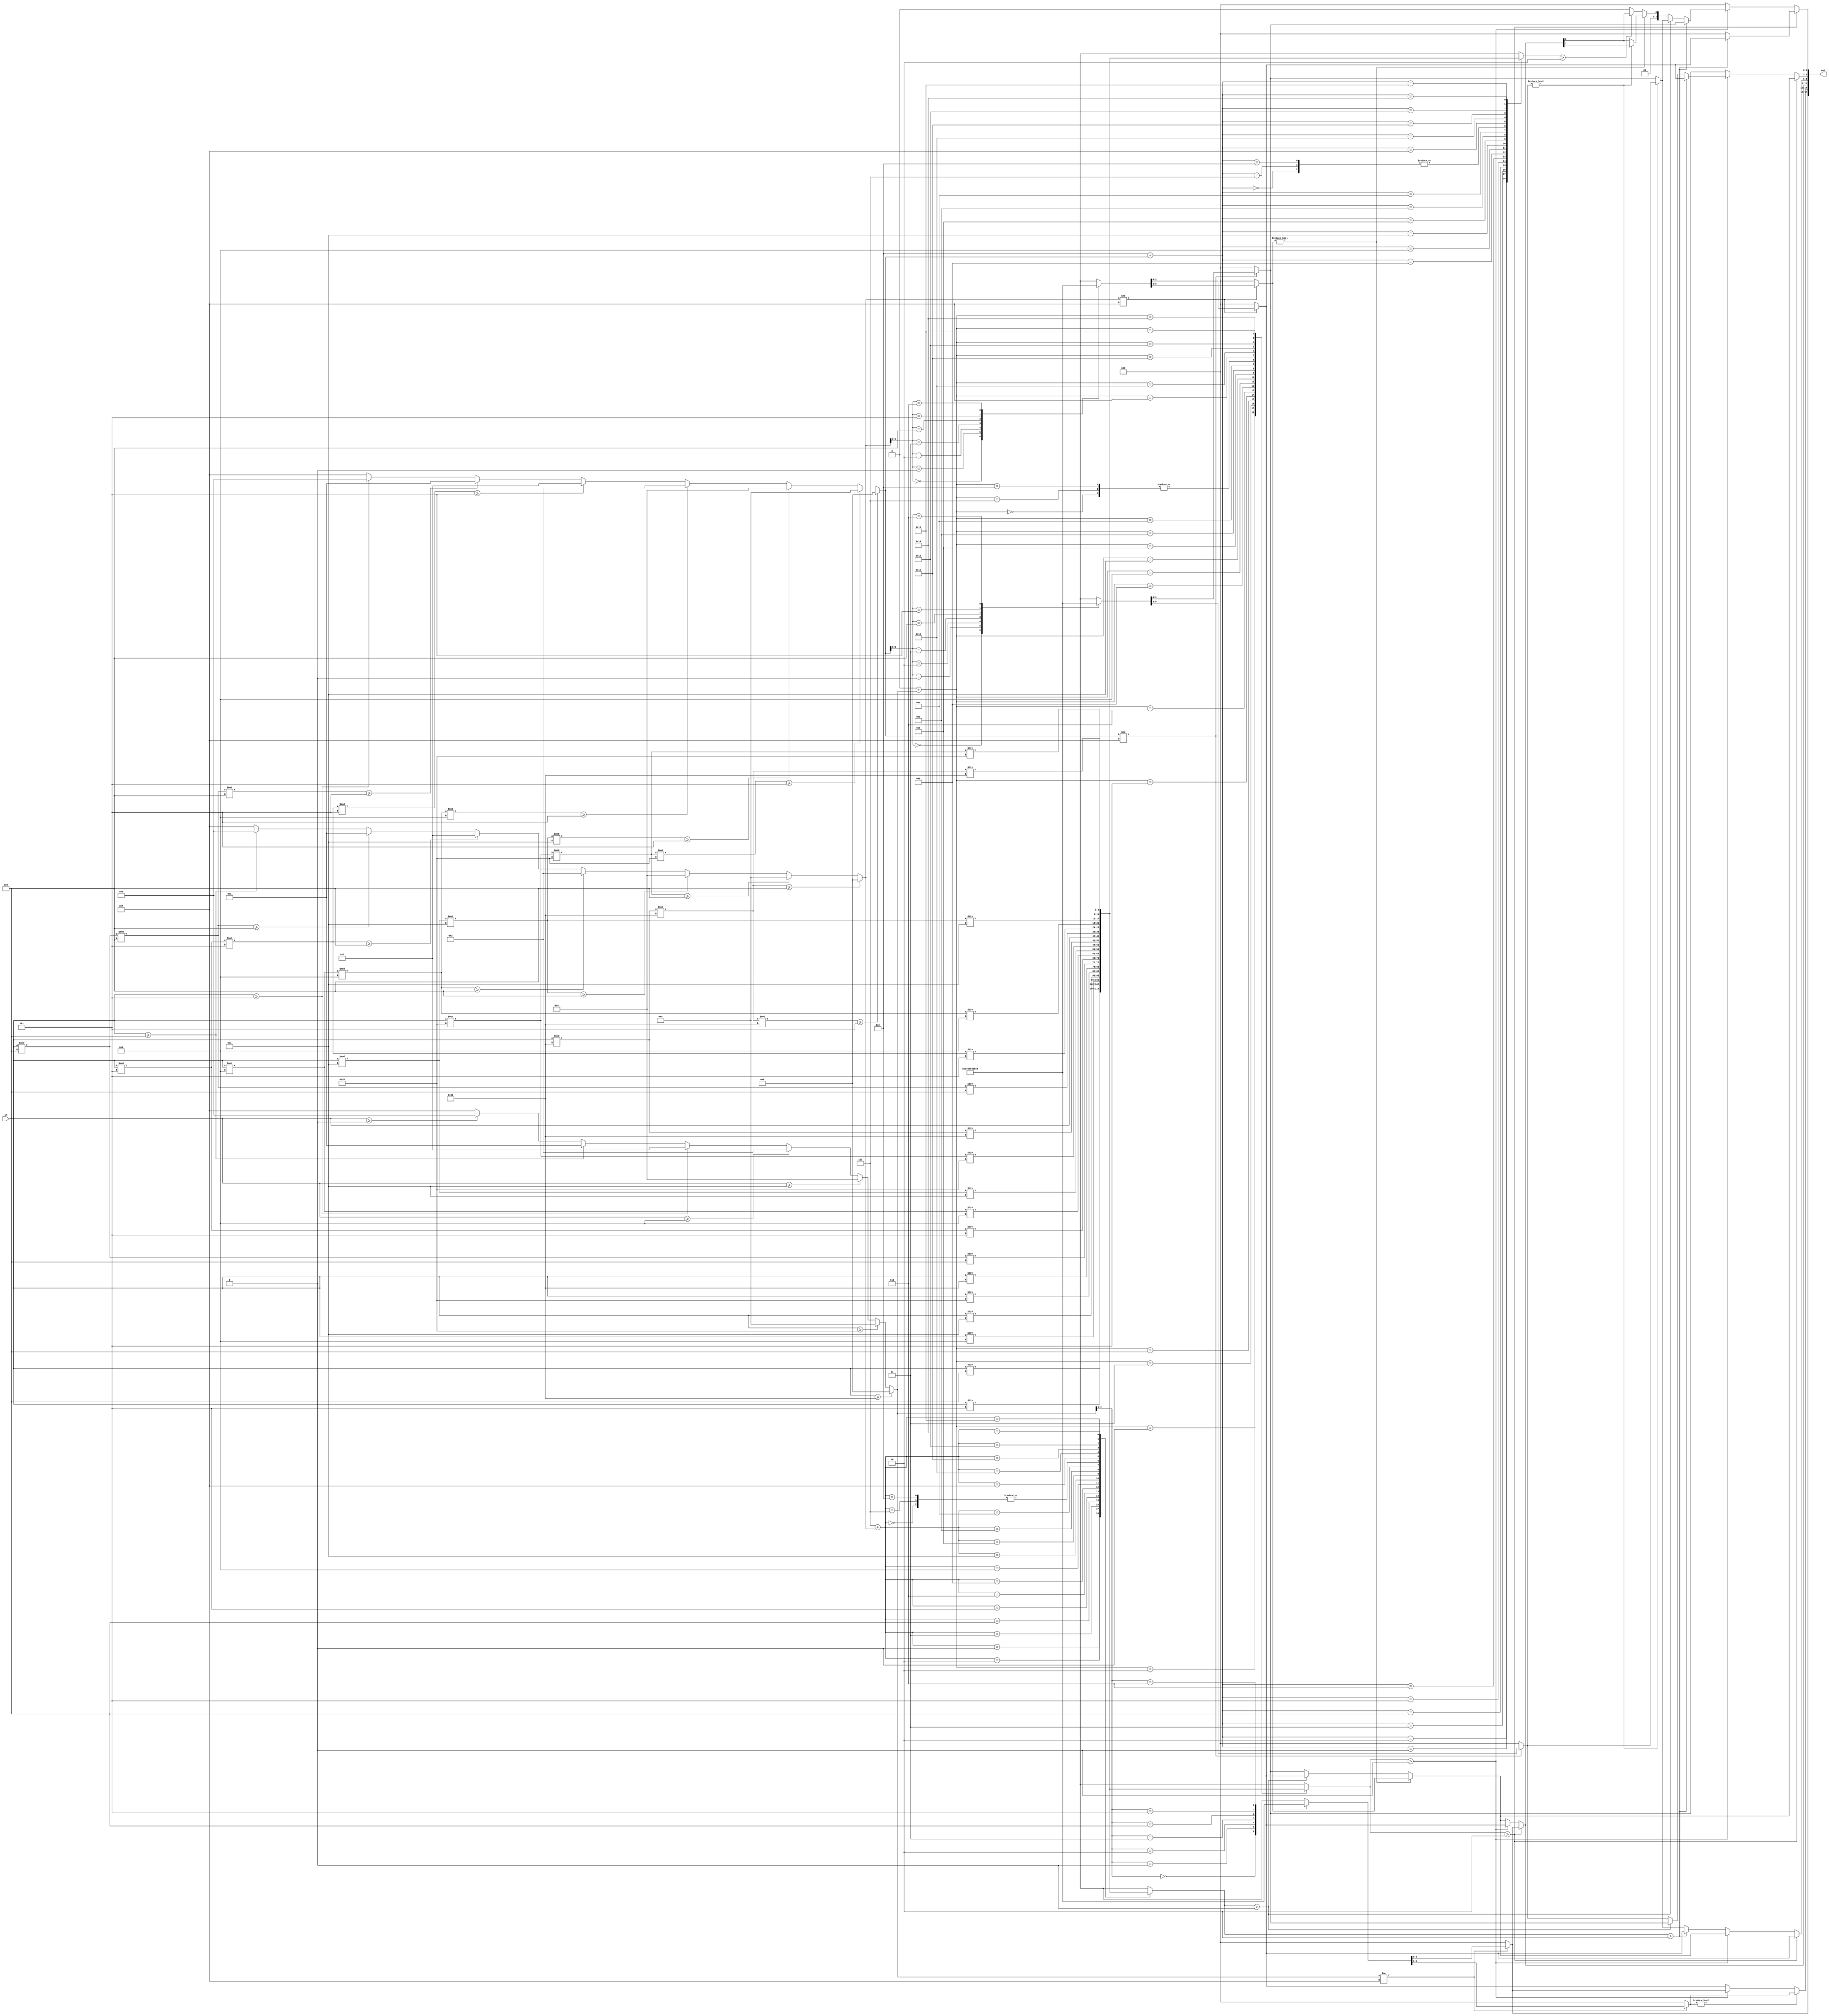
module bin2roman(in, out);

parameter BIT_WIDTH = 6;
parameter OUT_NUM   = 6;
parameter OUT_WIDTH = 3;
parameter SYM_I     = 3'b001;
parameter SYM_V     = 3'b010;
parameter SYM_X     = 3'b011;
parameter SYM_L     = 3'b100;
parameter SYM_NULL  = 3'b000;
parameter BASE_NUM  = 7;

parameter DIV_NUM   = 3;

input  [BIT_WIDTH - 1: 0]            in;
output [OUT_WIDTH * OUT_NUM - 1 : 0] out;

wire [BIT_WIDTH     - 1 : 0] baseval [BASE_NUM - 1 : 0];
wire [OUT_WIDTH * 2 - 1 : 0] basesym [BASE_NUM - 1 : 0];
wire [OUT_WIDTH     - 1 : 0] outpos [OUT_NUM - 1 : 0];
wire [BASE_NUM      - 1 : 0] gtbase [DIV_NUM - 1 : 0];
wire [BIT_WIDTH     - 1 : 0] inmod [DIV_NUM - 1 : 0][BASE_NUM - 1 : 0];
wire [BIT_WIDTH     - 1 : 0] indiv [DIV_NUM - 1 : 0][BASE_NUM - 1 : 0];
wire [OUT_WIDTH     - 1 : 0] outposmod [DIV_NUM - 1 : 0][1 : 0];

// Base values
assign baseval[0] = 'd1;
assign baseval[1] = 'd4;
assign baseval[2] = 'd5;
assign baseval[3] = 'd9;
assign baseval[4] = 'd10;
assign baseval[5] = 'd40;
assign baseval[6] = 'd50;

// Base value symbols
assign basesym[0] = {SYM_NULL, SYM_I};
assign basesym[1] = {SYM_V, SYM_I};
assign basesym[2] = {SYM_NULL, SYM_V};
assign basesym[3] = {SYM_X, SYM_I};
assign basesym[4] = {SYM_NULL, SYM_X};
assign basesym[5] = {SYM_L, SYM_X};
assign basesym[6] = {SYM_NULL, SYM_L};

// Input div/mod base
assign indiv[0][0] = in;
assign indiv[1][0] = inmod[0][0];
assign indiv[2][0] = inmod[1][0];

assign inmod[0][0] = in;
assign inmod[1][0] = inmod[0][0];
assign inmod[2][0] = inmod[1][0];

/////////////////// BUG HERE!!!!!
generate
    genvar i;
    for (i = 1; i < BASE_NUM; i = i + 1) begin : moddiv
        assign indiv[0][i] = in / baseval[i];
        assign indiv[1][i] = inmod[0][i] / baseval[i];
        assign indiv[2][i] = inmod[1][i] / baseval[i];

        assign inmod[0][i] = in % baseval[i];
        assign inmod[1][i] = inmod[0][i] % baseval[i];
        assign inmod[2][i] = inmod[1][i] % baseval[i];
    end
endgenerate

// Compare input mod with base values
generate
    genvar i1;
    for (i1 = 0; i1 < BASE_NUM; i1 = i1 + 1) begin : gtbase0
        assign gtbase[0][i1] = in >= baseval[i1];
    end
endgenerate

generate
    genvar i2, j;
    for (i2 = 1; i2 < DIV_NUM; i2 = i2 + 1) begin : gtbasei
        for (j = 0; j < BASE_NUM; j = j + 1) begin : gtbaseij
            assign gtbase[i2][j] = inmod[i2][j] >= baseval[i2];
        end
    end
endgenerate

// Encode gtbase
wire [3:0] gtbase_code [DIV_NUM - 1 : 0];
assign gtbase_code[0] = (gtbase[0][6]) ? 4'd6 :
                        (gtbase[0][5]) ? 4'd5 :
                        (gtbase[0][4]) ? 4'd4 :
                        (gtbase[0][3]) ? 4'd3 :
                        (gtbase[0][2]) ? 4'd2 :
                        (gtbase[0][1]) ? 4'd1 : 
                        (gtbase[0][0]) ? 4'd0 : 4'b1111;

assign gtbase_code[1] = (gtbase[1][6]) ? 4'd6 :
                        (gtbase[1][5]) ? 4'd5 :
                        (gtbase[1][4]) ? 4'd4 :
                        (gtbase[1][3]) ? 4'd3 :
                        (gtbase[1][2]) ? 4'd2 :
                        (gtbase[1][1]) ? 4'd1 :
                        (gtbase[1][0]) ? 4'd0 : 4'b1111;

assign gtbase_code[2] = (gtbase[2][6]) ? 4'd6 :
                        (gtbase[2][5]) ? 4'd5 :
                        (gtbase[2][4]) ? 4'd4 :
                        (gtbase[2][3]) ? 4'd3 :
                        (gtbase[2][2]) ? 4'd2 :
                        (gtbase[2][1]) ? 4'd1 :
                        (gtbase[2][0]) ? 4'd0 : 4'b1111;

// Cal temp output
assign outposmod[0][0] = (gtbase_code[0] != 4'b1111) ? basesym[gtbase_code[0]][OUT_WIDTH - 1 : 0] : SYM_NULL;
assign outposmod[0][1] = (gtbase_code[0] != 4'b1111) ? basesym[gtbase_code[0]][OUT_WIDTH * 2 - 1 : OUT_WIDTH] : SYM_NULL;

assign outposmod[1][0] = (gtbase_code[1] != 4'b1111) ? basesym[gtbase_code[1]][OUT_WIDTH - 1 : 0] : SYM_NULL;
assign outposmod[1][1] = (gtbase_code[1] != 4'b1111) ? basesym[gtbase_code[1]][OUT_WIDTH * 2 - 1 : OUT_WIDTH] : SYM_NULL;

assign outposmod[2][0] = (gtbase_code[2] != 4'b1111) ? basesym[gtbase_code[2]][OUT_WIDTH - 1 : 0] : SYM_NULL;
assign outposmod[2][1] = (gtbase_code[2] != 4'b1111) ? basesym[gtbase_code[2]][OUT_WIDTH * 2 - 1 : OUT_WIDTH] : SYM_NULL;

// Multiple temp output
wire [OUT_WIDTH * 2 * 3 - 1 : 0] outposmod_mul [DIV_NUM - 1 : 0];
assign outposmod_mul[0] = (indiv[0][gtbase_code[0]] == 'd1) ? {{(OUT_WIDTH * 2 * 2){1'b0}}, {outposmod[0][1], outposmod[0][0]}} : 
                          (indiv[0][gtbase_code[0]] == 'd2) ? {{(OUT_WIDTH * 2){1'b0}}, {2{outposmod[0][1], outposmod[0][0]}}} : 
                                                              {{3{outposmod[0][1]}}, outposmod[0][0]};

assign outposmod_mul[1] = (indiv[1][gtbase_code[1]] == 'd1) ? {{(OUT_WIDTH * 2 * 2){1'b0}}, {outposmod[1][1], outposmod[1][0]}} : 
                          (indiv[1][gtbase_code[1]] == 'd2) ? {{(OUT_WIDTH * 2){1'b0}}, {2{outposmod[1][1], outposmod[1][0]}}} : 
                                                              {{3{outposmod[1][1]}}, outposmod[1][0]};

assign outposmod_mul[2] = (indiv[2][gtbase_code[2]] == 'd1) ? {{(OUT_WIDTH * 2 * 2){1'b0}}, {outposmod[2][1], outposmod[2][0]}} : 
                          (indiv[2][gtbase_code[2]] == 'd2) ? {{(OUT_WIDTH * 2){1'b0}}, {2{outposmod[2][1], outposmod[2][0]}}} : 
                                                              {{3{outposmod[2][1]}}, outposmod[2][0]};

// Output
assign outpos[0] = outposmod[0][0];

assign outpos[1] = (outposmod[0][1] != SYM_NULL) ? outposmod[0][1] :
                   (indiv[0][gtbase_code[0]] > 'd1) ? outposmod[0][0] : outposmod[1][0];

assign outpos[2] = (indiv[0][gtbase_code[0]] > 'd2) ? outposmod[0][0] :
                   (indiv[0][gtbase_code[0]] > 'd1) ? outposmod[1][0] :
                   (outposmod[1][1] != SYM_NULL) ? outposmod[1][1] :
                   (indiv[1][gtbase_code[1]] > 'd1) ? outposmod[1][0] : outposmod[2][0];

assign outpos[3] = (indiv[0][gtbase_code[0]] > 'd2) ? outposmod[1][0] :
                   (indiv[0][gtbase_code[0]] > 'd1) ? (outposmod[1][1] != SYM_NULL) ? outposmod[1][1] : 
                                                      (indiv[1][gtbase_code[1]] > 1) ? outposmod[1][0] : outposmod[2][0] :
                   (indiv[1][gtbase_code[1]] > 'd2) ? outposmod[1][0] :
                   (indiv[1][gtbase_code[1]] > 'd1) ? (outposmod[2][1] != SYM_NULL) ? outposmod[2][1] : outposmod[2][0] :
                   (outposmod[2][1] != SYM_NULL) ? outposmod[2][1] : outposmod[2][0];

assign outpos[4] = (indiv[0][gtbase_code[0]] > 'd2) ? (outposmod[1][1] != SYM_NULL) ? outposmod[1][1] : 
                                                      (indiv[1][gtbase_code[1]] > 'd1) ? outposmod[1][0] : outposmod[2][0] :
                   (indiv[0][gtbase_code[0]] > 'd1) ? (indiv[1][gtbase_code[1]] > 'd2) ? outposmod[1][0] :
                                                      (indiv[1][gtbase_code[1]] > 'd1) ? outposmod[2][0] : outposmod[2][1] :
                                                      outposmod[2][0];

assign outpos[5] = (indiv[0][gtbase_code[0]] > 'd2) ? (indiv[1][gtbase_code[1]] > 'd2) ? outposmod[1][0] : SYM_NULL :
                   (indiv[0][gtbase_code[0]] > 'd1) ? (indiv[1][gtbase_code[1]] > 'd2) ? outposmod[2][0] :
                                                      (indiv[1][gtbase_code[1]] > 'd1) ? (outposmod[2][1] != SYM_NULL) ? outposmod[2][1] : 
                                                                                         (indiv[1][gtbase_code[1]] > 'd1) ? outposmod[2][0] :
                                                                                                                            SYM_NULL :
                                                      (outposmod[1][1] != SYM_NULL) ? (outposmod[2][1] != SYM_NULL) ? outpos[2][1] : outpos[2][0] :
                                                                                      (indiv[2][gtbase_code[2]] > 'd2) ? outpos[2][0] : SYM_NULL :
                                                      SYM_NULL;


assign out = {outpos[0], outpos[1], outpos[2], outpos[3], outpos[4], outpos[5]};

endmodule